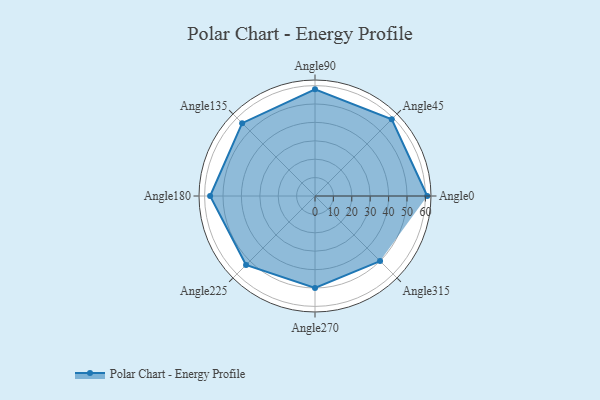
{"axis": {"x": "Angle", "y": "Radius"}, "legend": [""], "data": [{"x": "Angle0", "y": 61.0, "type": ""}, {"x": "Angle45", "y": 59.0, "type": ""}, {"x": "Angle90", "y": 58.0, "type": ""}, {"x": "Angle135", "y": 56.0, "type": ""}, {"x": "Angle180", "y": 57.0, "type": ""}, {"x": "Angle225", "y": 53.0, "type": ""}, {"x": "Angle270", "y": 50, "type": ""}, {"x": "Angle315", "y": 50.0, "type": ""}]}